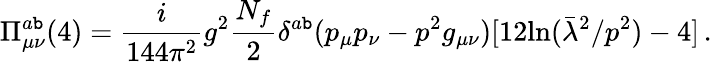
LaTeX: \Pi_{\mu\nu}^{a\mathtt{b}}(4)=\frac{i}{{144\pi^{2}}}g^{2}\frac{{N_{f}}}{{2}}\delta^{a\mathtt{b}}(p_{\mu}p_{\nu}-p^{2}g_{\mu\nu})[12\mathrm{{ln}}(\bar{{\lambda}}^{2}/p^{2})-4]\, .